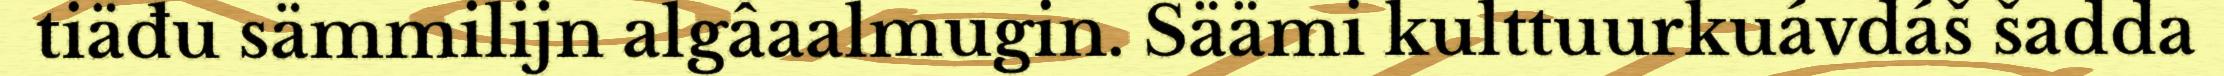
tiäđu sämmilijn algâaalmugin. Säämi kulttuurkuávdáš šadda